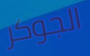
الجوكر